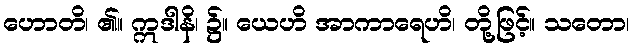
ဟောတိ၊ ၏။ ဣဒါနိ၊ ၌။ ယေဟိ အာကာရေဟိ၊ တို့ဖြင့်။ သတော၊